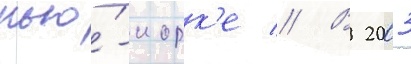
нью́-иорк'е // В 2003